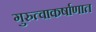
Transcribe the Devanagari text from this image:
गुरुत्वाकर्षाणात